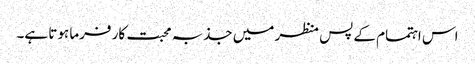
اس اہتمام کے پس منظر میں جذبہ محبت کار فرما ہوتا ہے۔